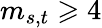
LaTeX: m_{s,t}\geqslant 4